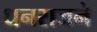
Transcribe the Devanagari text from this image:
धनराजने